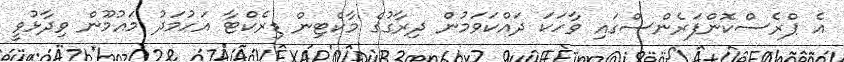
އެ ޕްރެސްކޮންފަރެންސްގައި ވާހަކަ ދައްކަވަމުން ދިރާގުގެ މާކެޓިން ޑިރެކްޓާ އަހުމަދު މައުމޫން ވިދާޅުވީ